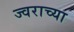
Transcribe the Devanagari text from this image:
ज्वराच्या